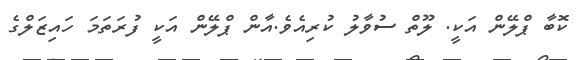
ކޮބާ ޕްލޭން އަކީ. ލޫތް ސުވާލު ކުރިއެވެ.އާން ޕްލޭން އަކީ ފުރަތަމަ ހައިޒަލްގެ